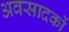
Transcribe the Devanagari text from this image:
अवसादकों